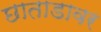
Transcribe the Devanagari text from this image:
छाताडावर